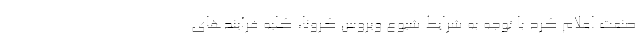
صنعت اعلام کرد با توجه به شرایط شیوع ویروس کرونا، کلیه فرآیندهای